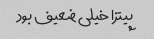
پیتزا خیلی ضعیف بود